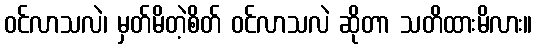
ဝင်လာသလဲ၊ မှတ်မိတဲ့စိတ် ဝင်လာသလဲ ဆိုတာ သတိထားမိလား။